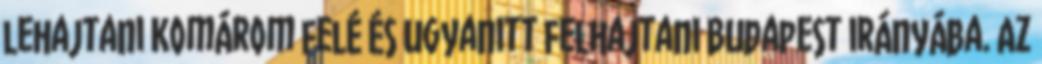
lehajtani Komárom felé és ugyanitt felhajtani Budapest irányába. Az